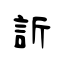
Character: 訢